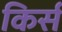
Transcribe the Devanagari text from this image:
किर्स